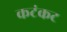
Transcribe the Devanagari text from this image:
कटंकट